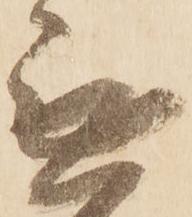
無